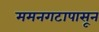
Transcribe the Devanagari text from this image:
ममनगटापासून